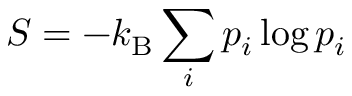
S = - k _ { \mathrm { B } } \sum _ { i } p _ { i } \log p _ { i }